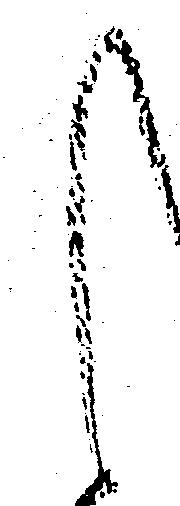
し